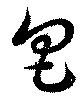
包